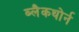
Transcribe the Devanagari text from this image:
ब्लैकथोर्न